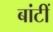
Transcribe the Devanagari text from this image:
बांटीं